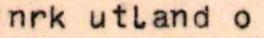
nrk utland o